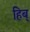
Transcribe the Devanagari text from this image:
हिब्